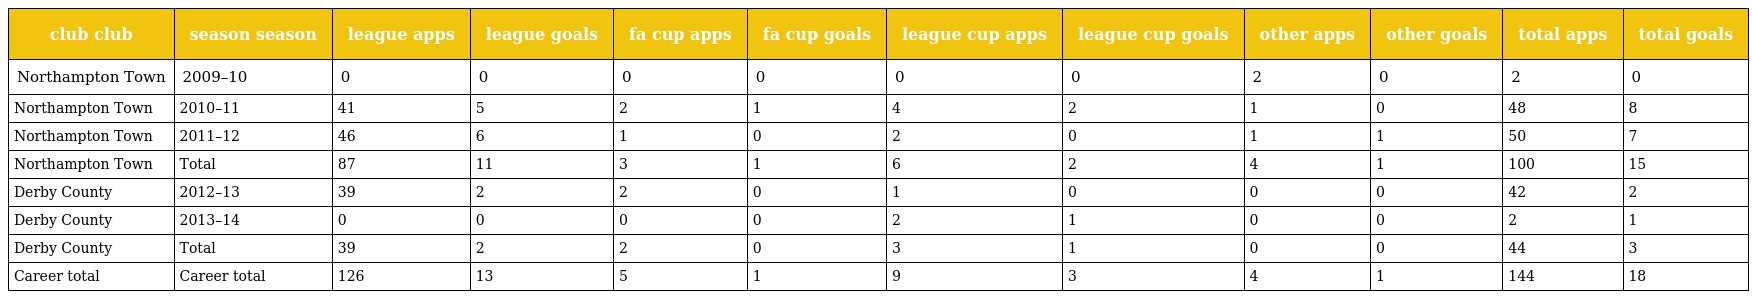
| club club | season season | league apps | league goals | fa cup apps | fa cup goals | league cup apps | league cup goals | other apps | other goals | total apps | total goals |
 | --- | --- | --- | --- | --- | --- | --- | --- | --- | --- | --- | --- |
 | Northampton Town | 2009–10 | 0 | 0 | 0 | 0 | 0 | 0 | 2 | 0 | 2 | 0 |
 | Northampton Town | 2010–11 | 41 | 5 | 2 | 1 | 4 | 2 | 1 | 0 | 48 | 8 |
 | Northampton Town | 2011–12 | 46 | 6 | 1 | 0 | 2 | 0 | 1 | 1 | 50 | 7 |
 | Northampton Town | Total | 87 | 11 | 3 | 1 | 6 | 2 | 4 | 1 | 100 | 15 |
 | Derby County | 2012–13 | 39 | 2 | 2 | 0 | 1 | 0 | 0 | 0 | 42 | 2 |
 | Derby County | 2013–14 | 0 | 0 | 0 | 0 | 2 | 1 | 0 | 0 | 2 | 1 |
 | Derby County | Total | 39 | 2 | 2 | 0 | 3 | 1 | 0 | 0 | 44 | 3 |
 | Career total | Career total | 126 | 13 | 5 | 1 | 9 | 3 | 4 | 1 | 144 | 18 |